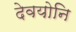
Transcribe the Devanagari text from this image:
देवयोनि